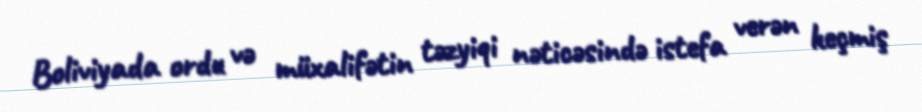
Boliviyada ordu və müxalifətin təzyiqi nəticəsində istefa verən keçmiş